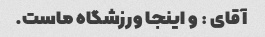
آقای : و اینجا ورزشگاه ماست.